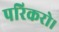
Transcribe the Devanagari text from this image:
परिकरो।